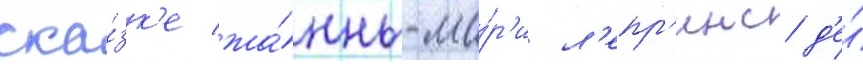
ска́зк'е жа́нны-ма́р'и л'епр'енс д'е́